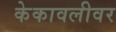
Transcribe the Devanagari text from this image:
केकावलीवर